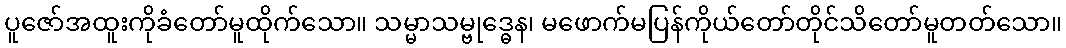
ပူဇော်အထူးကိုခံတော်မူထိုက်သော။ သမ္မာသမ္ဗုဒ္ဓေန၊ မဖောက်မပြန်ကိုယ်တော်တိုင်သိတော်မူတတ်သော။